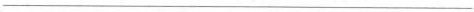
___